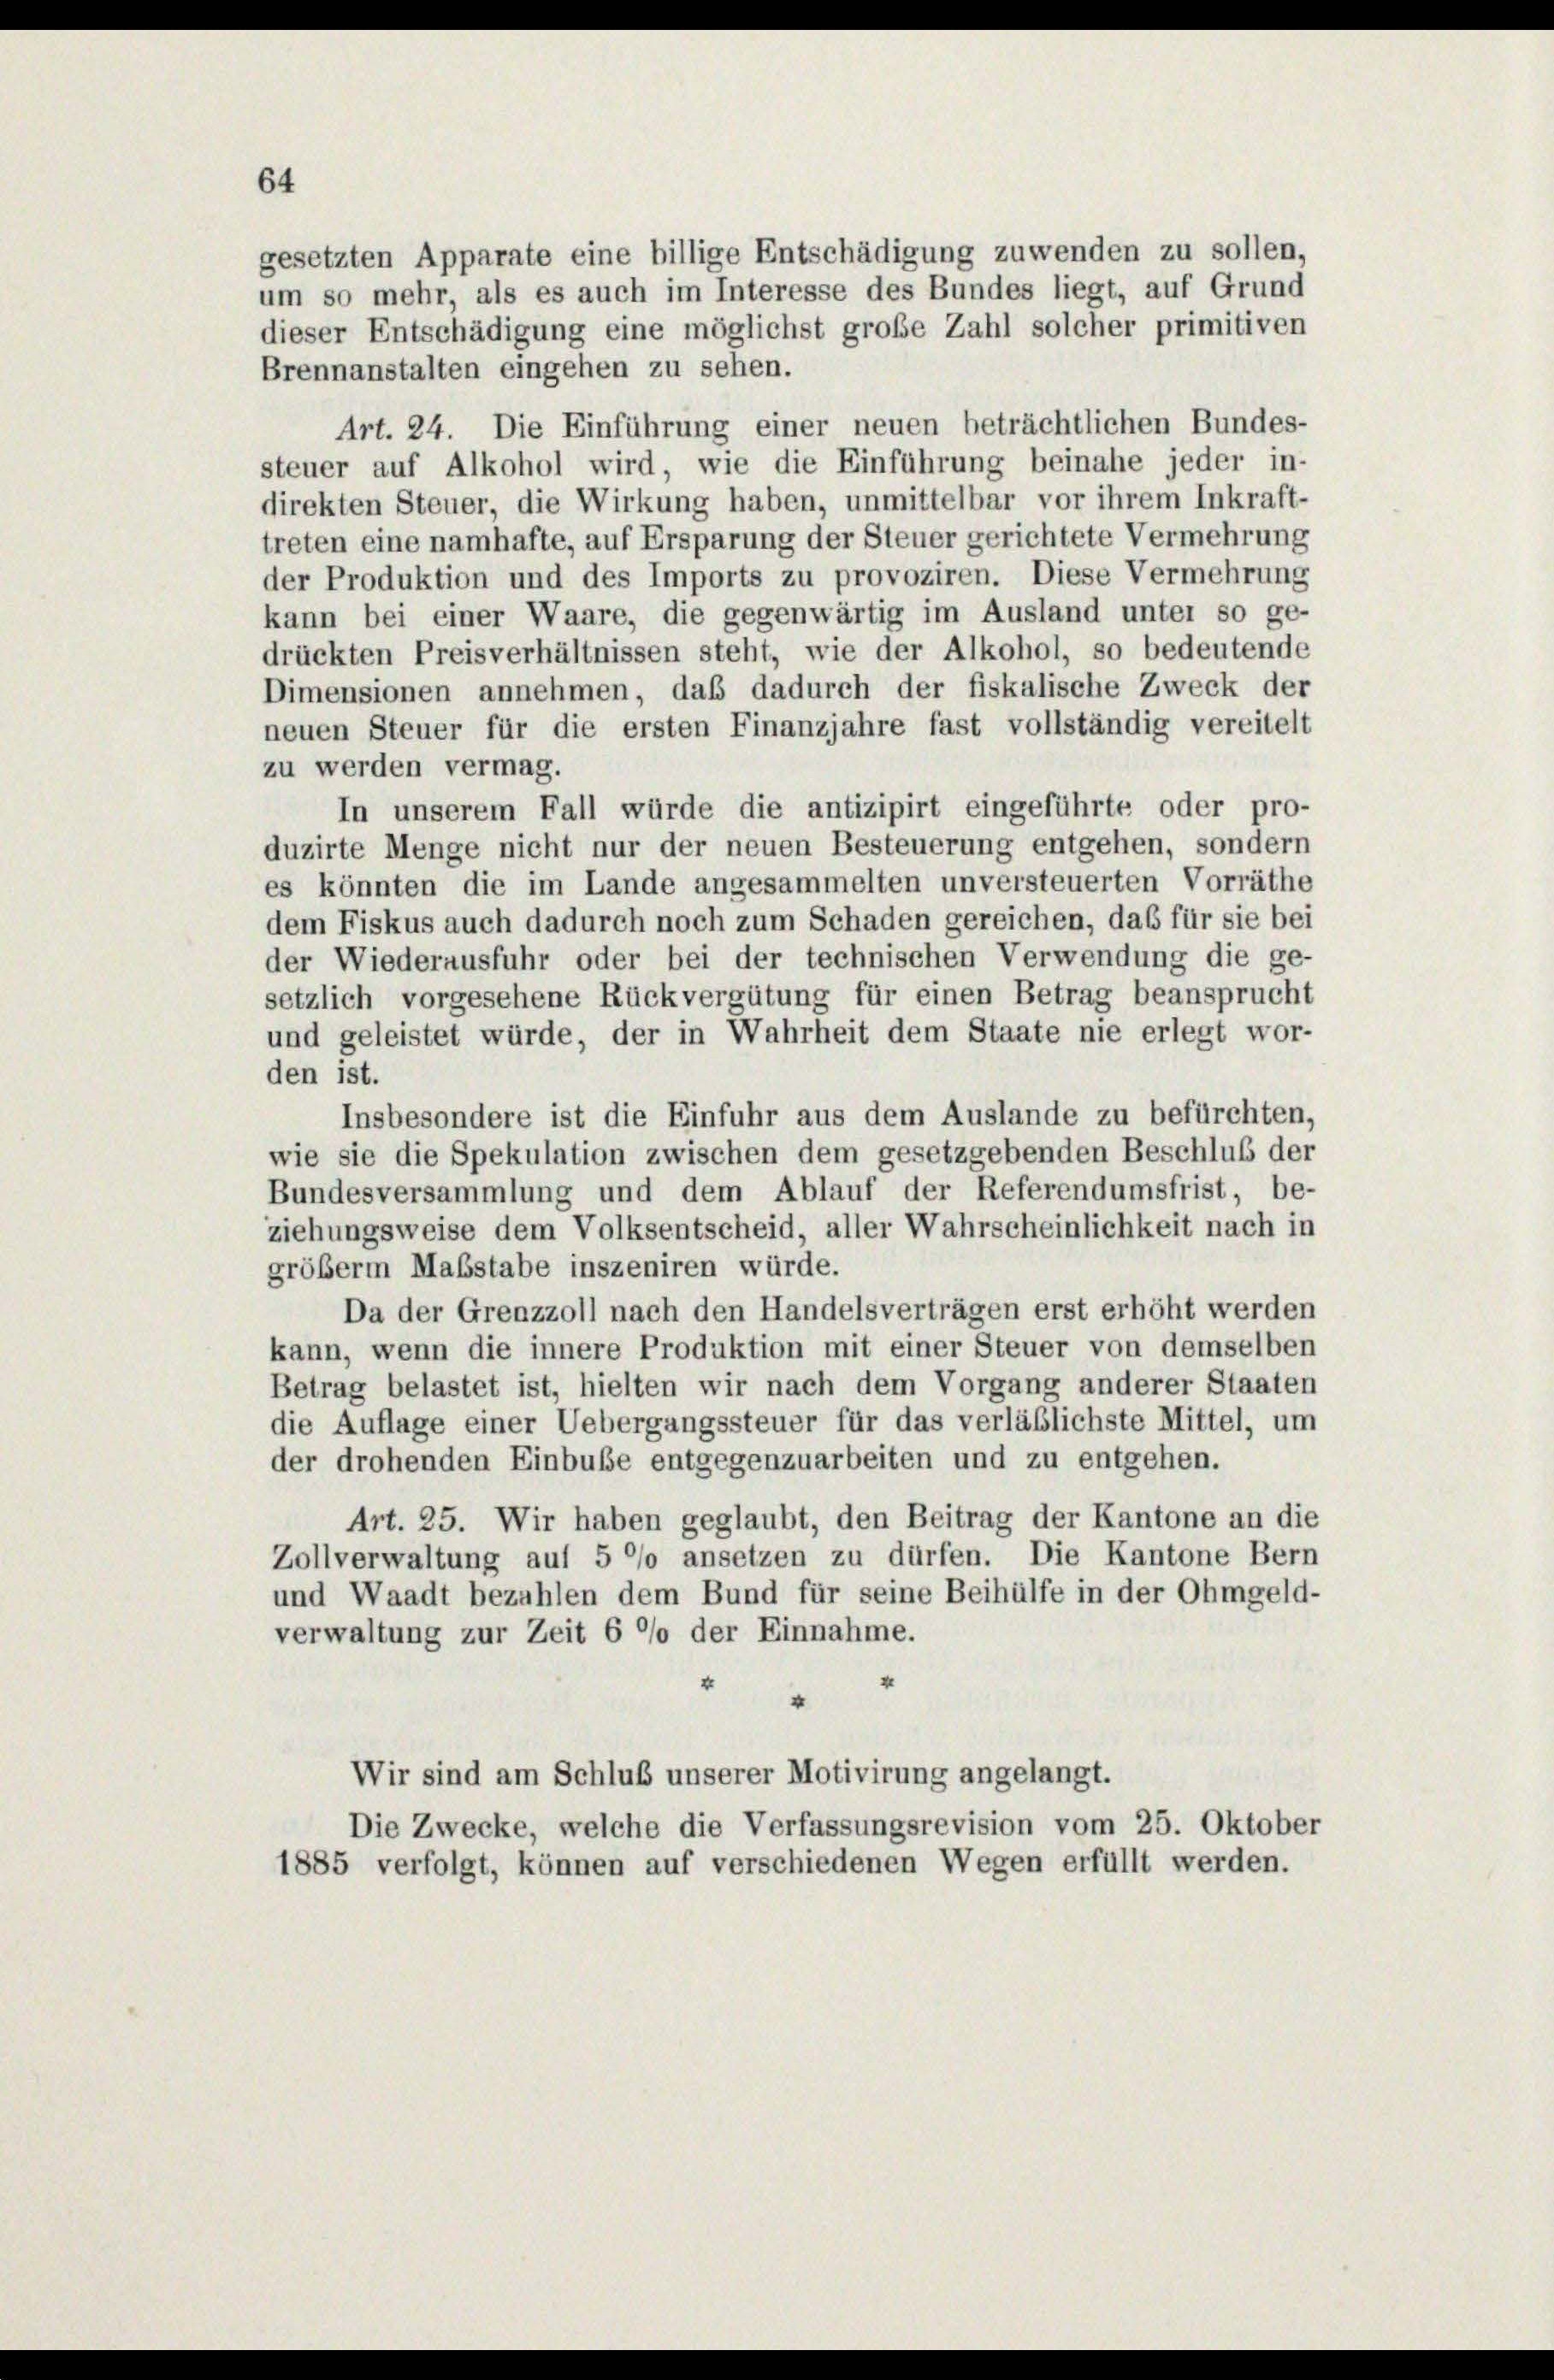
den ist.

64

gesetzten Apparate eine billige Entschädigung zuwenden zu sollen,
um so mehr, als es auch im Interesse des Bundes liegt, auf Grund
dieser Entschädigung eine möglichst große Zahl solcher primitiven

Brennanstalten eingehen zu sehen.
Art. 24. Die Einführung einer neuen beträchtlichen Bundes-
steuer auf Alkohol wird, wie die Einführung beinahe jeder in-
direkten Steuer, die Wirkung haben, unmittelbar vor ihrem Inkraft-
treten eine namhafte, auf Ersparung der Steuer gerichtete Vermehrung
der Produktion und des Imports zu provoziren. Diese Vermehrung
kann bei einer Waare, die gegenwärtig im Ausland unter so ge-
drückten Preisverhältnissen steht, wie der Alkohol, so bedeutende
Dimensionen annehmen, daß dadurch der fiskalische Zweck der
neuen Steuer für die ersten Finanzjahre fast vollständig vereitelt
zu werden vermag.
In unserem Fall würde die antizipirt eingeführte oder pro-
duzirte Menge nicht nur der neuen Besteuerung entgehen, sondern
es könnten die im Lande angesammelten unversteuerten Vorräthe
dem Fiskus auch dadurch noch zum Schaden gereichen, das für sie bei
der Wiederausfuhr oder bei der technischen Verwendung die ge-
setzlich vorgesehene Rückvergütung für einen Betrag beansprucht
und geleistet würde, der in Wahrheit dem Staate nie erlegt wor-
Insbesondere ist die Einfuhr aus dem Auslande zu befürchten,
wie sie die Spekulation zwischen dem gesetzgebenden Beschluß der
Bundesversammlung und dem Ablauf der Referendumsfrist, be-
ziehungsweise dem Volksentscheid, aller Wahrscheinlichkeit nach in
größerm Maßstabe inszeniren würde.
Da der Grenzzoll nach den Handelsverträgen erst erhöht werden
kann, wenn die innere Produktion mit einer Steuer von demselben
Betrag belastet ist, hielten wir nach dem Vorgang anderer Staaten
die Auflage einer Uebergangssteuer für das verläßlichste Mittel, um
der drohenden Einbuße entgegenzuarbeiten und zu entgehen.
Art. 25. Wir haben geglaubt, den Beitrag der Kantone an die
Zollverwaltung auf 5 °/o ansetzen zu dürfen. Die Kantone Bern
und Waadt bezahlen dem Bund für seine Beihülfe in der Ohmgeld-
verwaltung zur Zeit 6 °/o der Einnahme.
u
Wir sind am Schluß unserer Motivirung angelangt.
Die Zwecke, welche die Verfassungsrevision vom 25. Oktober
1885 verfolgt, können auf verschiedenen Wegen erfüllt werden.